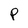
Character: P